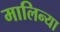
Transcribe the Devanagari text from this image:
मालिन्या